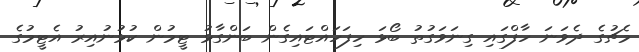
މެޗުގެ ދެވަނަ ހާފްގައި ގިނަވަގުތު ބޯޅަ ހިފަހައްޓައިގެން ބަންގާޅު ޓީމުން ކުޅުނުއިރު އެޓީމުގެ